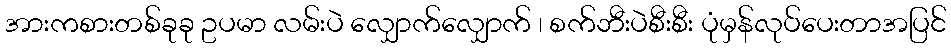
အားကစားတစ်ခုခု ဥပမာ လမ်းပဲ လျှောက်လျှောက် ၊ စက်ဘီးပဲစီးစီး ပုံမှန်လုပ်ပေးတာအပြင်